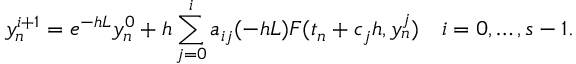
y _ { n } ^ { i + 1 } = e ^ { - h L } y _ { n } ^ { 0 } + h \sum _ { j = 0 } ^ { i } a _ { i j } ( - h L ) F ( t _ { n } + c _ { j } h , y _ { n } ^ { j } ) \quad i = 0 , \dots , s - 1 .